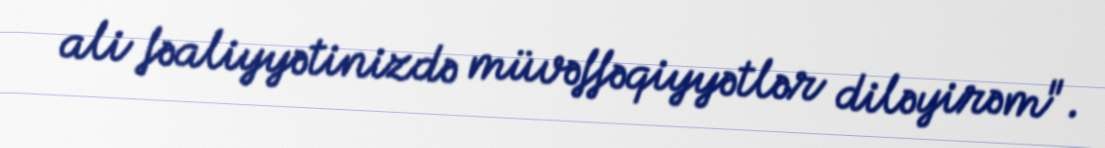
ali fəaliyyətinizdə müvəffəqiyyətlər diləyirəm".